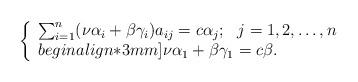
LaTeX: \begin{align*}\left\{\begin{array}{ll}\sum_{i=1}^n(\nu\alpha_i+\beta\gamma_i)a_{ij}=c\alpha_j; \ \ j=1,2,\dots,n\\begin{align*}3mm]\nu \alpha_1+\beta \gamma_1=c\beta.\end{array}\right.\end{align*}